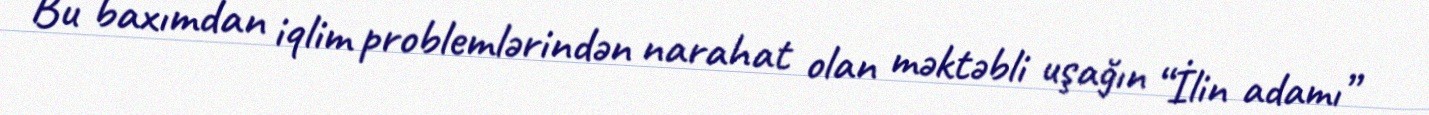
Bu baxımdan iqlim problemlərindən narahat olan məktəbli uşağın “İlin adamı”